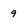
Character: 9